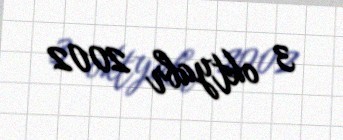
3 oktyabr 2002